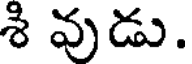
శి వుడు.